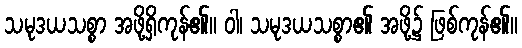
သမုဒယသစ္စာ အဖို့ရှိကုန်၏။ ဝါ၊ သမုဒယသစ္စာ၏ အဖို့၌ ဖြစ်ကုန်၏။